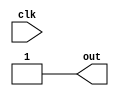
module delay_initial(
    input wire clk,
    output reg out
);

reg [3:0] count;

initial begin
    count = 0;
    #10; // 10 time units delay
    count = count + 1;
    if(count == 1) begin
        out = 1;
    end else begin
        out = 0;
    end
end

endmodule